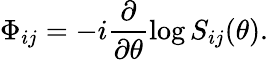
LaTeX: \Phi_{ij}=-i\frac{\partial}{\partial\theta}\log S_{ij}(\theta).